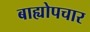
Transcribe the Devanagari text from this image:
बाह्योपचार